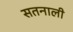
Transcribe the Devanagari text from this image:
सतनाली